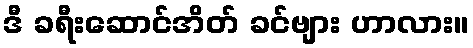
ဒီ ခရီးဆောင်အိတ် ခင်ဗျား ဟာလား။